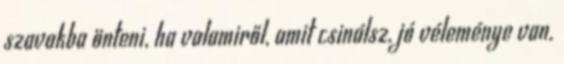
szavakba önteni, ha valamiről, amit csinálsz, jó véleménye van.